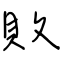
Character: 敗